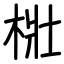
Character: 梉